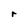
Character: r